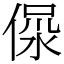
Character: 𣶚